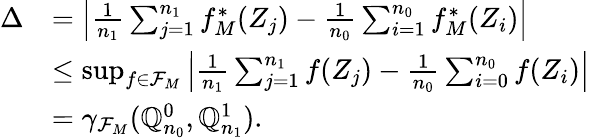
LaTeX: \begin{array}{rl}{\Delta}&{=\left|\frac{1}{n_{1}}\sum_{j=1}^{n_{1}}f_{M}^{*}(Z_{j})-\frac{1}{n_{0}}\sum_{i=1}^{n_{0}}f_{M}^{*}(Z_{i})\right|}\\ &{\leq\operatorname*{sup}_{f\in\mathcal{F}_{M}}\left|\frac{1}{n_{1}}\sum_{j=1}^{n_{1}}f(Z_{j})-\frac{1}{n_{0}}\sum_{i=0}^{n_{0}}f(Z_{i})\right|}\\ &{=\gamma_{\mathcal{F}_{M}}(\mathbb{Q}_{n_{0}}^{0},\mathbb{Q}_{n_{1}}^{1}).}\end{array}